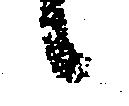
候